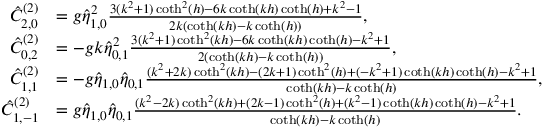
\begin{array} { r l } { \hat { C } _ { 2 , 0 } ^ { ( 2 ) } } & { = g \hat { \eta } _ { 1 , 0 } ^ { 2 } \frac { 3 ( k ^ { 2 } + 1 ) \coth ^ { 2 } ( h ) - 6 k \coth ( k h ) \coth ( h ) + k ^ { 2 } - 1 } { 2 k ( \coth ( k h ) - k \coth ( h ) ) } , } \\ { \hat { C } _ { 0 , 2 } ^ { ( 2 ) } } & { = - g k \hat { \eta } _ { 0 , 1 } ^ { 2 } \frac { 3 ( k ^ { 2 } + 1 ) \coth ^ { 2 } ( k h ) - 6 k \coth ( k h ) \coth ( h ) - k ^ { 2 } + 1 } { 2 ( \coth ( k h ) - k \coth ( h ) ) } , } \\ { \hat { C } _ { 1 , 1 } ^ { ( 2 ) } } & { = - g \hat { \eta } _ { 1 , 0 } \hat { \eta } _ { 0 , 1 } \frac { ( k ^ { 2 } + 2 k ) \coth ^ { 2 } ( k h ) - ( 2 k + 1 ) \coth ^ { 2 } ( h ) + ( - k ^ { 2 } + 1 ) \coth ( k h ) \coth ( h ) - k ^ { 2 } + 1 } { \coth ( k h ) - k \coth ( h ) } , } \\ { \hat { C } _ { 1 , - 1 } ^ { ( 2 ) } } & { = g \hat { \eta } _ { 1 , 0 } \hat { \eta } _ { 0 , 1 } \frac { ( k ^ { 2 } - 2 k ) \coth ^ { 2 } ( k h ) + ( 2 k - 1 ) \coth ^ { 2 } ( h ) + ( k ^ { 2 } - 1 ) \coth ( k h ) \coth ( h ) - k ^ { 2 } + 1 } { \coth ( k h ) - k \coth ( h ) } . } \end{array}